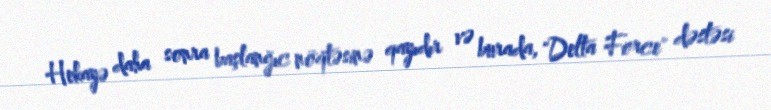
Hekayə daha sonra başlanğıc nöqtəsinə qayıdır və burada, "Delta Force" dəstəsi